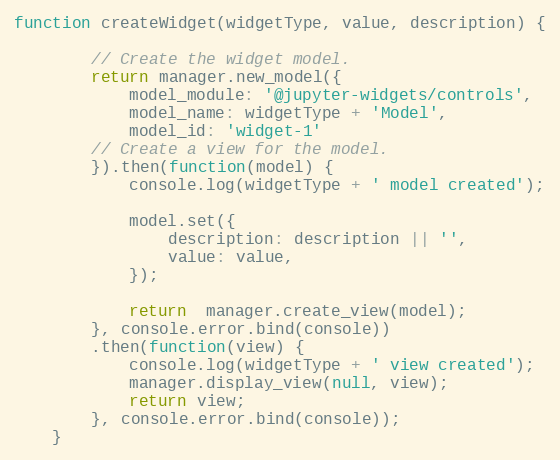
Language: JavaScript
function createWidget(widgetType, value, description) {

        // Create the widget model.
        return manager.new_model({
            model_module: '@jupyter-widgets/controls',
            model_name: widgetType + 'Model',
            model_id: 'widget-1'
        // Create a view for the model.
        }).then(function(model) {
            console.log(widgetType + ' model created');

            model.set({
                description: description || '',
                value: value,
            });

            return  manager.create_view(model);
        }, console.error.bind(console))
        .then(function(view) {
            console.log(widgetType + ' view created');
            manager.display_view(null, view);
            return view;
        }, console.error.bind(console));
    }